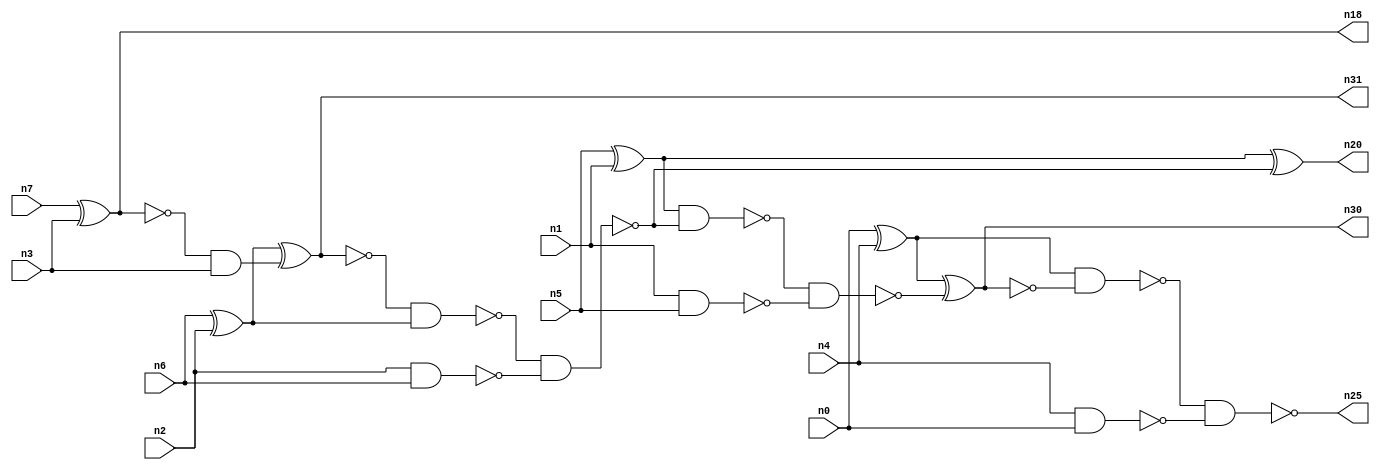
// This program was cloned from: https://github.com/umar-afzaal/ReCkt
// License: MIT License

// This file contains a pareto-optimal circuit with respect to area and the fault-resilince parameter p_fault which is defined as:
// "For all input vectors, the ratio of the no. of faults observable at the POs to the no. of total possible faults in the circuit".
// This code is part of the ReCkt library (https://github.com/umar-afzaal/ReCkt) distributed under The MIT License.
// When used, please cite the following article(s):
// U. Afzaal, A.S. Hassan, M. Usman and J.A. Lee, "On the Evolutionary Synthesis of Increased Fault-resilience Arithmetic Circuits".

// p_fault = 93.5 %    (Lower is better)
// gates = 20.0
// levels = 10
// area = 26.31    (For MCNC library relative to nand2)
// power = 103.0 uW    (Berkely-SIS for MCNC library @ Vdd=5V and 20 MHz clock)
// delay = 14.2 ns    (Berkely-ABC for MCNC library)
// PDP = 1.4626e-12 J

// Pin mapping:
// {n0, n1, n2, n3} = A[3:0]
// {n4, n5, n6, n7} = B[3:0]
// {n25, n30, n20, n31, n18} = O[4:0]

module addr4u_area_4 (
n0, n1, n2, n3, n4, n5, n6, n7, 
n25, n30, n20, n31, n18
);

input n0, n1, n2, n3, n4, n5, n6, n7;
output n25, n30, n20, n31, n18;
wire n15, n16, n11, n8, n10, n13, n12, n19, n21, n24, n9, n23, n14, n17, n22;

nand (n8, n2, n6);
xnor (n9, n7, n3);
nand (n10, n1, n5);
nand (n11, n4, n0);
xor (n12, n5, n1);
xor (n13, n0, n4);
xor (n14, n6, n2);
and (n15, n9, n3);
xnor (n16, n14, n15);
nand (n17, n16, n14);
nand (n18, n9, n9);
nand (n19, n17, n8);
xor (n20, n12, n19);
nand (n21, n12, n19);
nand (n22, n21, n10);
xnor (n23, n13, n22);
nand (n24, n13, n23);
nand (n25, n24, n11);
nand (n30, n23, n23);
nand (n31, n16, n16);

endmodule